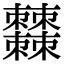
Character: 𣡍